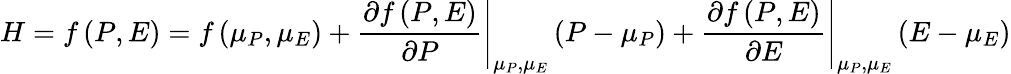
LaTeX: H=f\left(P,E\right)=f\left(\mu_{P},\mu_{E}\right)+\left.\frac{\partial f\left(P,E\right)}{\partial P}\right|_{\mu_{P},\mu_{E}}\left(P-\mu_{P}\right)+\left.\frac{\partial f\left(P,E\right)}{\partial E}\right|_{\mu_{P},\mu_{E}}\left(E-\mu_{E}\right)